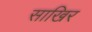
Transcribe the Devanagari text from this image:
साखिर